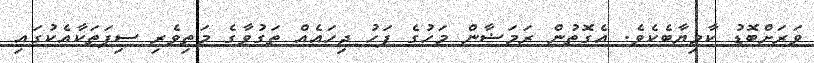
ވަރަށްބޮޑު ކާމިޔާބެކެވެ. އެގޮތުން ރަމަޟާން މަހުގެ ފަހު ދިހައެއް ތަގުވާގެ މަތިވެރި ސިފަތަކާއެކުގައި